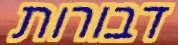
דבורות